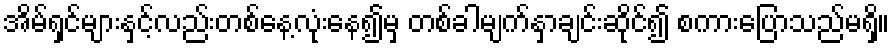
အိမ်ရှင်များနှင့်လည်းတစ်နေ့လုံးနေ၍မှ တစ်ခါမျက်နှာချင်းဆိုင်၍ စကားပြောသည်မရှိ။